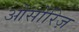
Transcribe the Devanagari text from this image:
ओसोरिज़